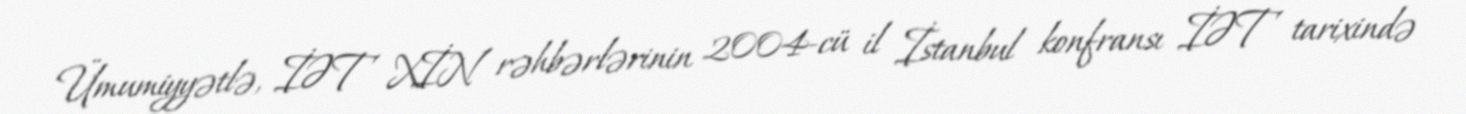
Ümumiyyətlə, İƏT XİN rəhbərlərinin 2004-cü il İstanbul konfransı İƏT tarixində